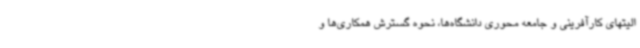
الیتهای کارآفرینی و جامعه محوری دانشگاه‌ها، نحوه گسترش همکاری‌ها و